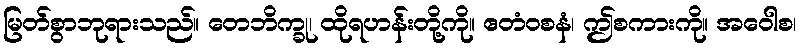
မြတ်စွာဘုရားသည်။ တေဘိက္ခု၊ ထိုရဟန်းတို့ကို။ ဧတံဝစနံ၊ ဤစကားကို။ အဝေါစ၊